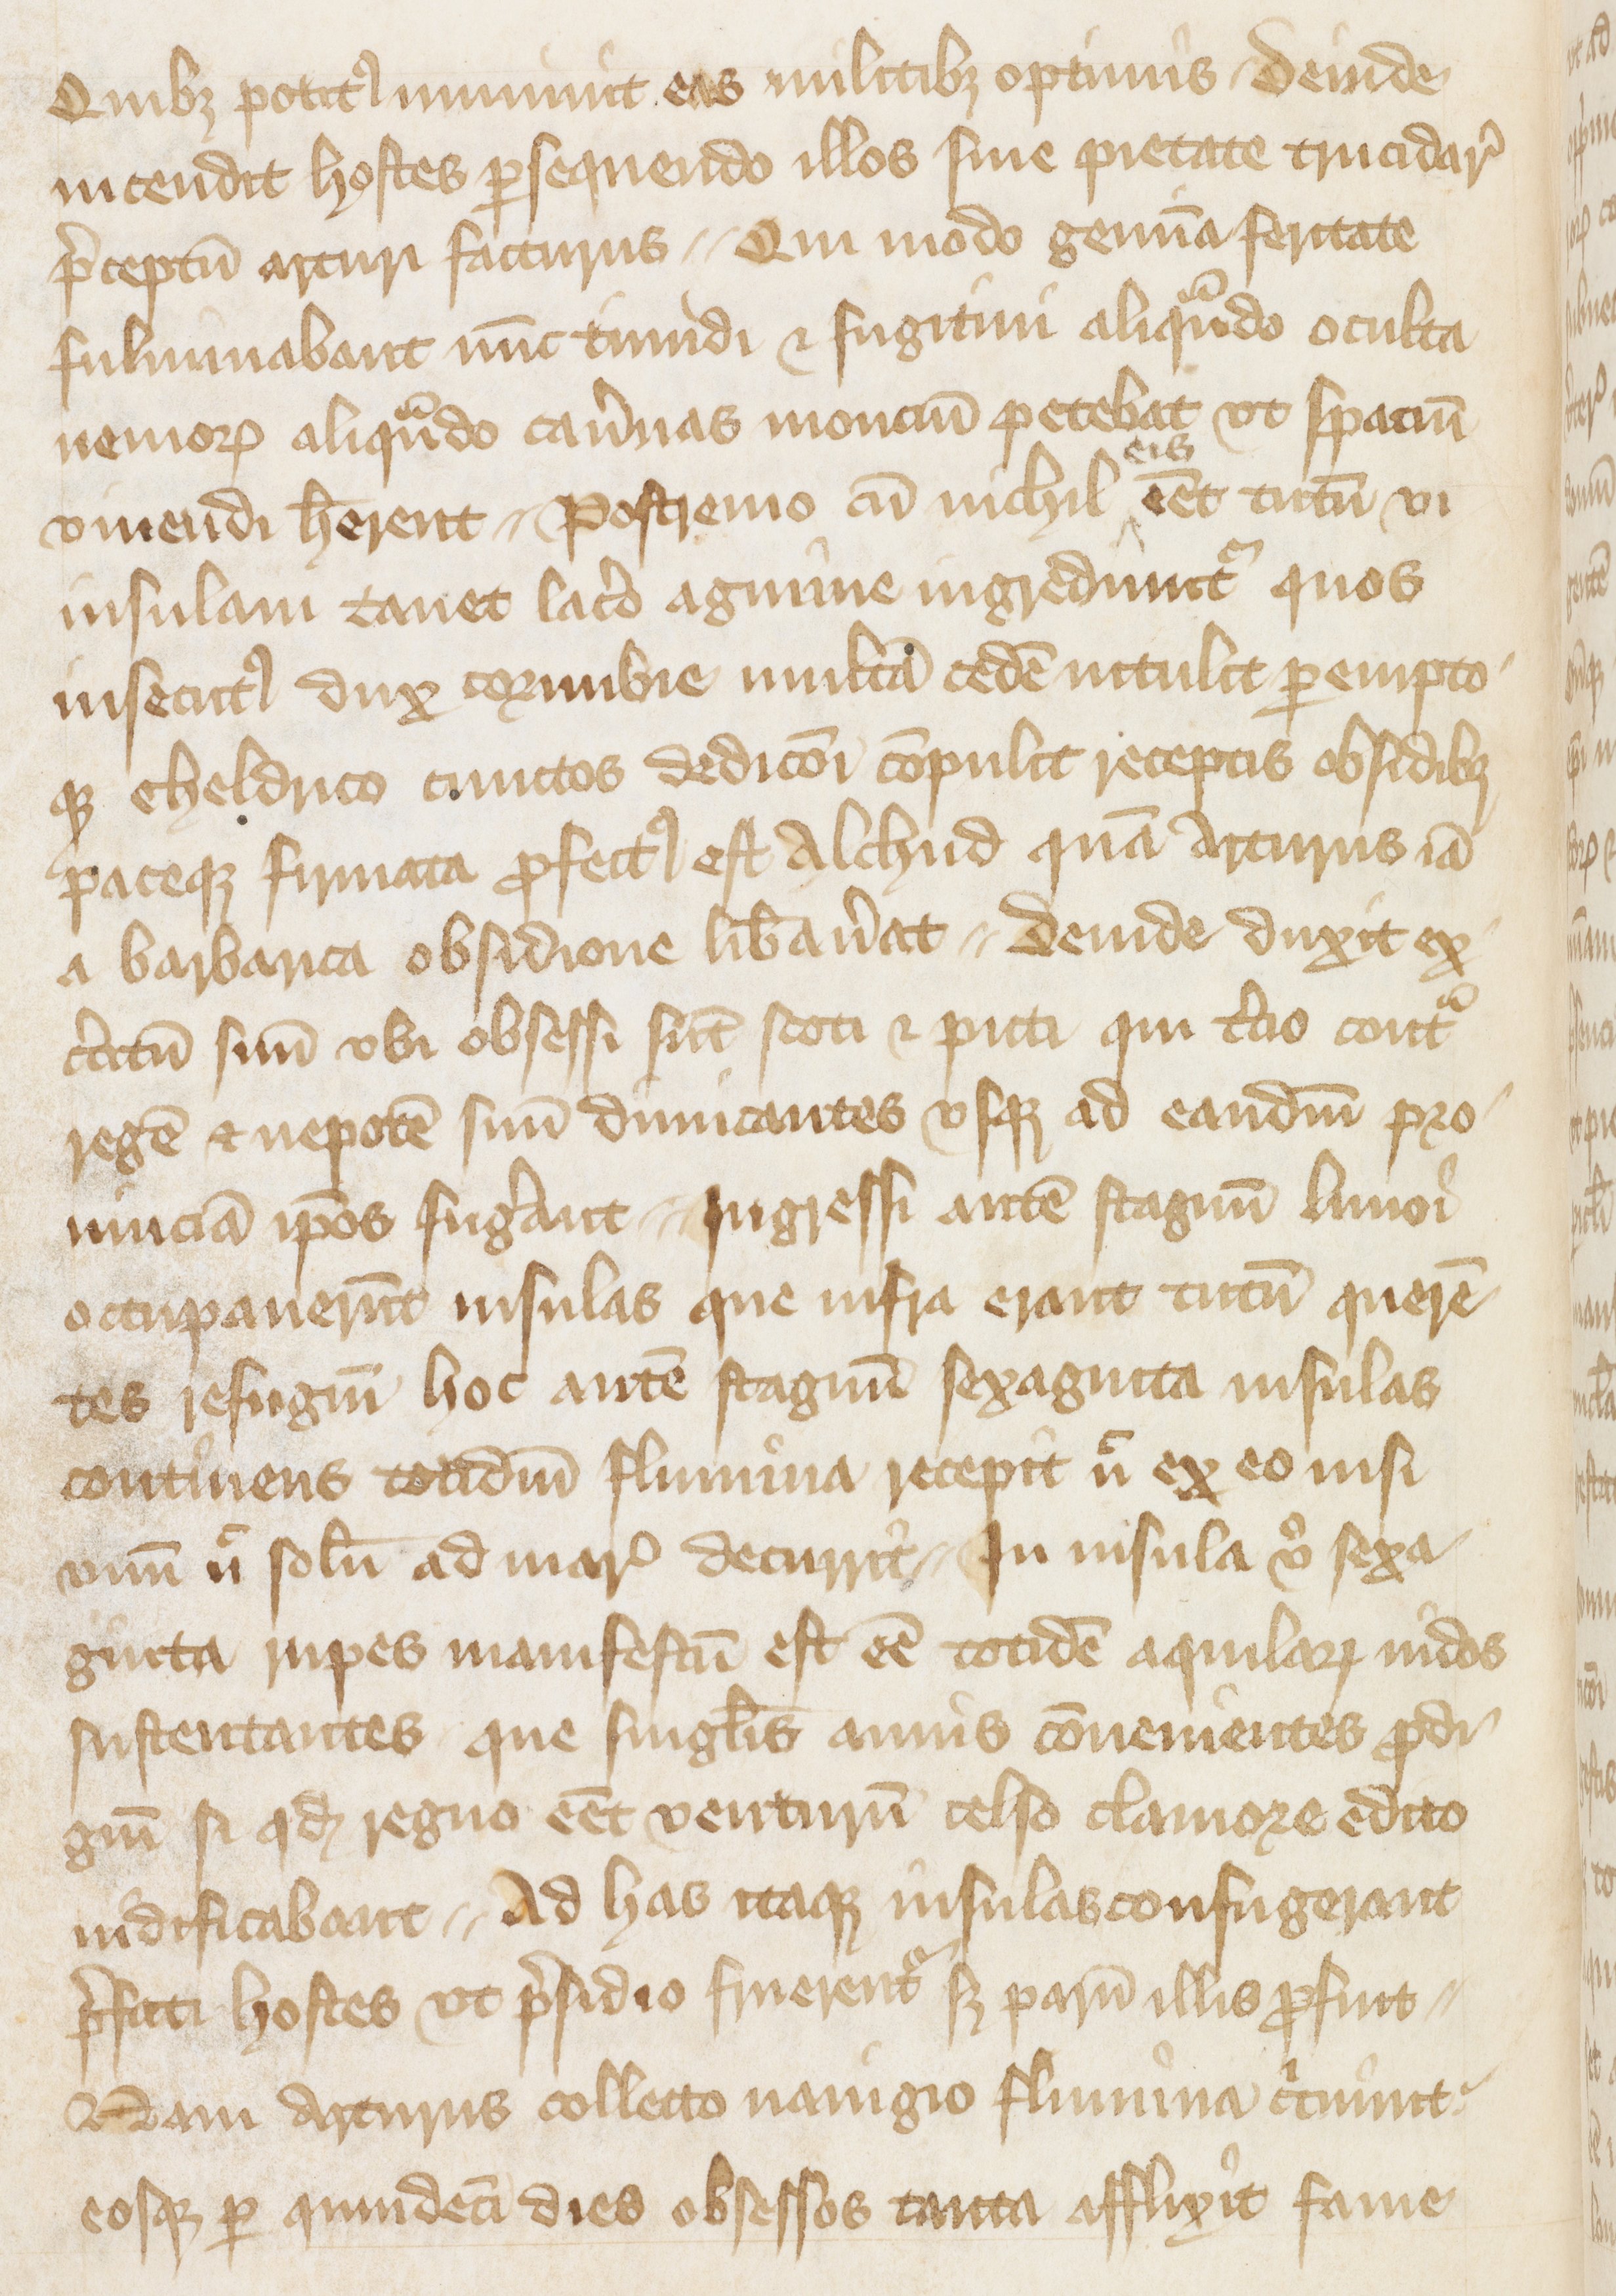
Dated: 1400–1499